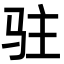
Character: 驻